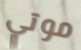
موتي